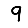
Digit: 9